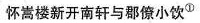
怀嵩楼新开南轩与郡僚小饮^{ ① }